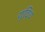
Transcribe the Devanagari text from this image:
यूदिथ